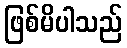
ဖြစ်မိပါသည်